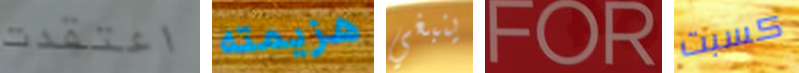
اعتقدت هزيمته ينبغي FOR كسبت